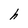
Character: h